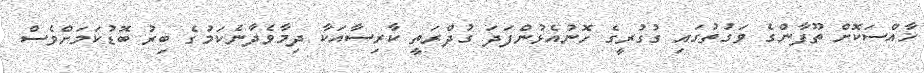
ޚާއްސަކޮށް ތޫފާންގެ ވަގުތުގައި ގުގުރީގެ ހޮނުއެޅުންފަދަ ގުދްރަތީ ކާރިސާއަކާ ދިމާވެދާނެކަމުގެ ބިރު ބޮޑުކަމަށްވެސް